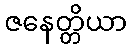
ဇနေတ္တိယာ